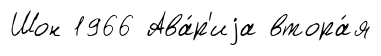
Шон 1966 Ава́р'иjа втора́я